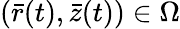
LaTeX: (\bar{r}(t),\bar{z}(t))\in\Omega